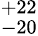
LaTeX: ^{+22}_{-20}